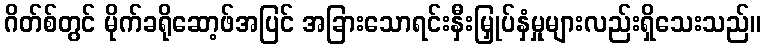
ဂိတ်စ်တွင် မိုက်ခရိုဆော့ဖ်အပြင် အခြားသောရင်းနှီးမြှုပ်နှံမှုများလည်းရှိသေးသည်။